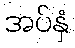
အပ်နှံ